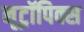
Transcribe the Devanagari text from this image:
नूट्रॉपिक्स